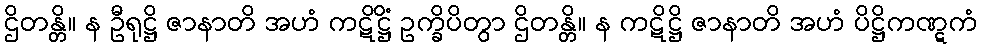
ဌိတန္တိ။ န ဦရုဋ္ဌိ ဇာနာတိ အဟံ ကဋိဋ္ဌိံ ဥက္ခိပိတွာ ဌိတန္တိ။ န ကဋိဋ္ဌိ ဇာနာတိ အဟံ ပိဋ္ဌိကဏ္ဋကံ